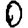
Digit: 0